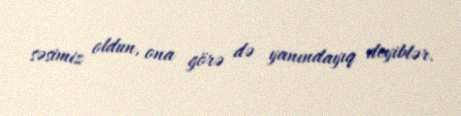
səsimiz oldun, ona görə də yanındayıq deyiblər.